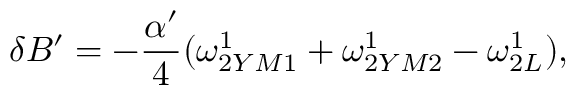
\delta B ^ { \prime } = - { \frac { \alpha ^ { \prime } } { 4 } } ( \omega _ { 2 Y M 1 } ^ { 1 } + \omega _ { 2 Y M 2 } ^ { 1 } - \omega _ { 2 L } ^ { 1 } ) ,